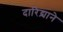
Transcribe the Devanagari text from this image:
दारिद्र्याने